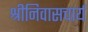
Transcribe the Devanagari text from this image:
श्रीनिवासचार्य